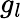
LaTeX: g_{l}